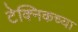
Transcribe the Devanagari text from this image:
टेक्निकच्या